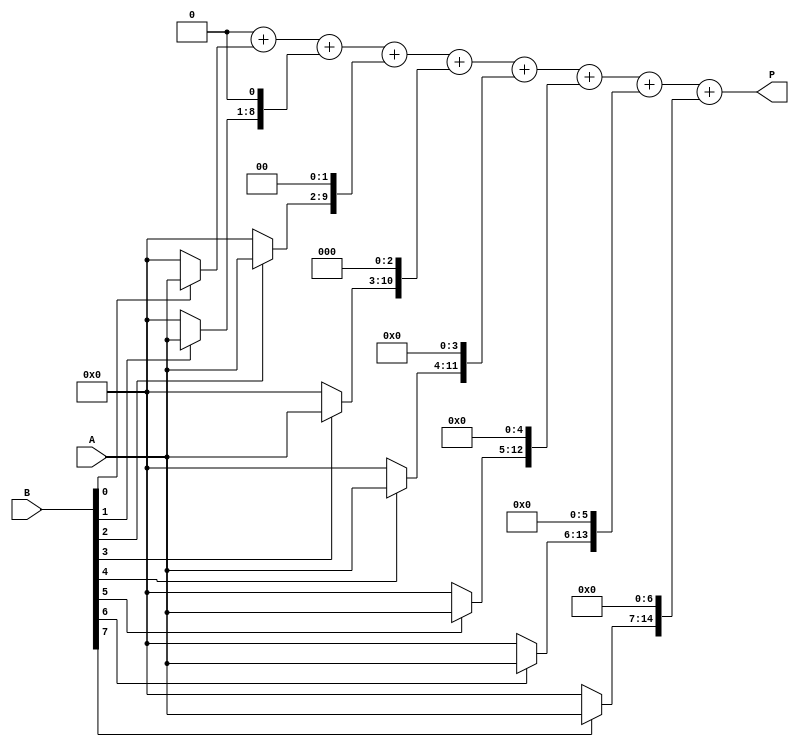
module csd_multiplier #(parameter WIDTH = 8, parameter PRODUCT_WIDTH = 2 * WIDTH)(
    input signed [WIDTH-1:0] A, // CSD operand A
    input signed [WIDTH-1:0] B, // CSD operand B
    output reg signed [PRODUCT_WIDTH-1:0] P // Product output
);

    // CSD representation of B
    reg signed [WIDTH-1:0] csd_B [0:WIDTH-1];
    integer i;

    // Generate partial products based on CSD representation
    always @(*) begin
        // Initialize product to zero
        P = 0;

        // Generate CSD representation of B
        for (i = 0; i < WIDTH; i = i + 1) begin
            csd_B[i] = (B[i] == 1) ? A : 
                        (B[i] == -1) ? -A : 
                        0;
        end

        // Accumulate partial products
        for (i = 0; i < WIDTH; i = i + 1) begin
            P = P + (csd_B[i] << i); // Shift partial product according to position
        end
    end

endmodule